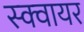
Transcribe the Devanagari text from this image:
स्‍क्‍वायर